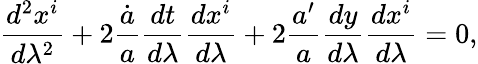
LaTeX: {\frac{d^{2}x^{i}}{d\lambda^{2}}}+2{\frac{\dot{a}}{a}}{\frac{dt}{d\lambda}}{\frac{dx^{i}}{d\lambda}}+2{\frac{a^{\prime}}{a}}{\frac{dy}{d\lambda}}{\frac{dx^{i}}{d\lambda}}=0,